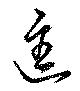
進